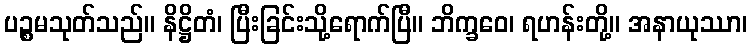
ပဉ္စမသုတ်သည်။ နိဋ္ဌိတံ၊ ပြီးခြင်းသို့ရောက်ပြီ။ ဘိက္ခဝေ၊ ရဟန်းတို့။ အနာယုဿာ၊